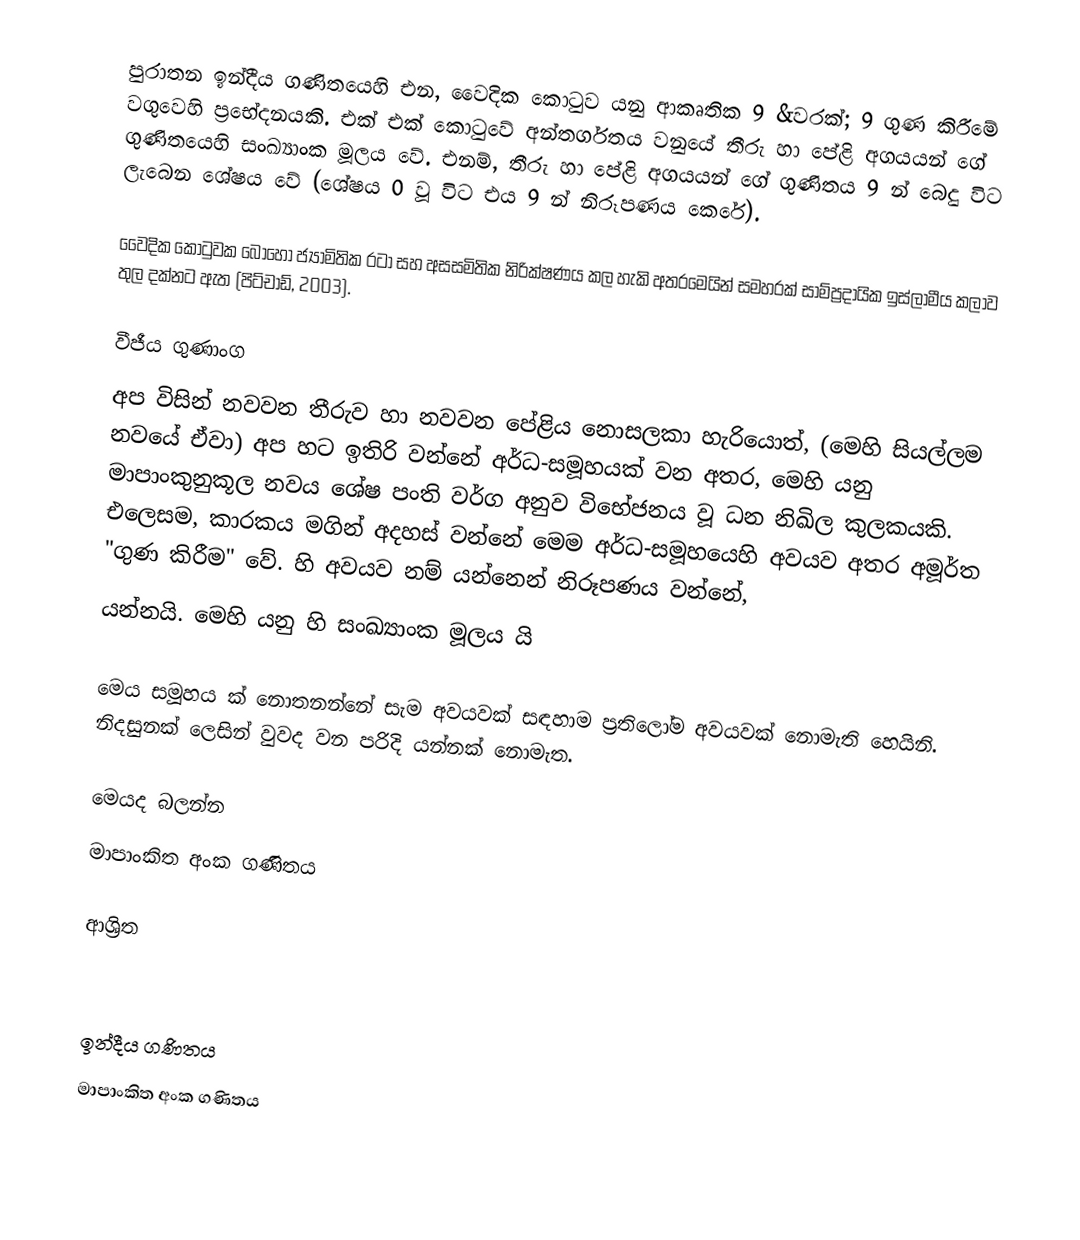
පුරාතන ඉන්දීය ගණිතයෙහි එන, වෛදික කොටුව යනු ආකෘතික 9 &වරක්; 9 ගුණ කිරීමේ වගුවෙහි ප්‍රභේදනයකි. එක් එක් කොටුවේ අන්තර්ගතය වනුයේ තීරු හා පේළි අගයයන් ගේ ගුණිතයෙහි සංඛ්‍යාංක මූලය වේ. එනම්, තීරු හා පේළි අගයයන් ගේ ගුණිතය 9 න් බෙදු විට ලැබෙන ශේෂය වේ (ශේෂය 0 වූ විට එය 9 න් නිරූපණය කෙරේ).

වෛදික කොටුවක බොහෝ ජ්‍යාමිතික රටා සහ අසසමිතික නිරික්ෂණය කල හැකි අතරමෙයින් සමහරක් සාම්ප්‍රදායික ඉස්ලාමීය කලාව තුල දක්නට ඇත (පිට්චාඩ්, 2003).

වීජීය ගුණාංග
අප විසින් නවවන තීරුව හා නවවන පේළිය නොසලකා හැරියොත්, (මෙහි සියල්ලම නවයේ ඒවා) අප හට ඉතිරි වන්නේ  අර්ධ-සමූහයක් වන අතර, මෙහි  යනු මාපාංකුනුකූල නවය ශේෂ පංති වර්ග අනුව විභේජනය වූ ධන නිඛිල කුලකයකි. එලෙසම,  කාරකය මගින් අදහස් වන්නේ මෙම අර්ධ-සමූහයෙහි අවයව අතර අමූර්ත "ගුණ කිරීම" වේ.  හි අවයව  නම්  යන්නෙන් නිරූපණය වන්නේ,
 යන්නයි. මෙහි  යනු  හි සංඛ්‍යාංක මූලය යි

මෙය සමූහය ක් නොතනන්නේ සැම අවයවක් සඳහාම ප්‍රතිලෝම අවයවක් නොමැති හෙයිනි. නිදසුනක් ලෙසින්  වුවද  වන පරිදි  යන්නක් නොමැත.

මෙයද බලන්න
 මාපාංකිත අංක ගණිතය

ආශ්‍රිත

ඉන්දීය ගණිතය
මාපාංකිත අංක ගණිතය